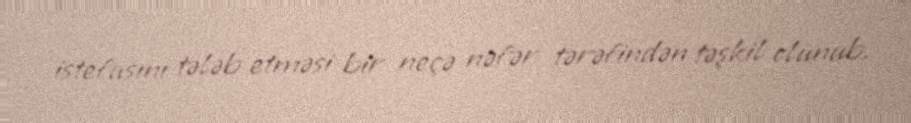
istefasını tələb etməsi bir neçə nəfər tərəfindən təşkil olunub.